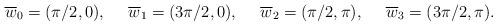
LaTeX: \begin{align*}\overline{w}_0 &= (\pi/2, 0), & \overline{w}_1 &= (3\pi/2, 0), &\overline{w}_2 &= (\pi/2, \pi), & \overline{w}_3 &= (3\pi/2, \pi).\end{align*}